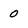
Character: 0